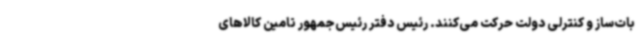
بات‌ساز و کنترلی دولت حرکت می‌کنند. رئیس دفتر رئیس‌جمهور تامین کالاهای